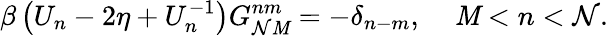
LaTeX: \beta\left(U_{n}-2\eta+U_{n}^{-1}\right)G_{\mathcal{N}\mathit{M}}^{nm}=-\delta_{n-m},\; \; \; \; \mathit{M}<n<\mathcal{N}.